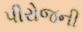
પીરોજની